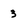
Character: 3